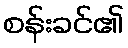
စန်းခင်၏